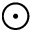
\odot